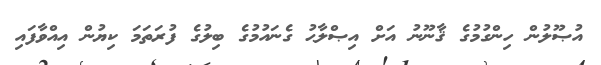
އުޞޫލުން ހިންގުމުގެ ޤާނޫނު އަށް އިޞްލާޙު ގެނައުމުގެ ބިލުގެ ފުރަތަމަ ކިޔުން އިއްވާފައި